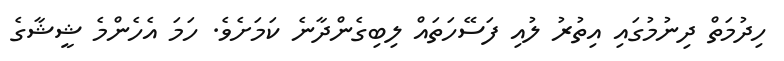
ހިދުމަތް ދިނުމުގައި އިތުރު ލުއި ފަސޭހަތައް ލިބިގެންދާނެ ކަމަށެވެ. ހަމަ އެހެންމެ ޝީޝާގެ